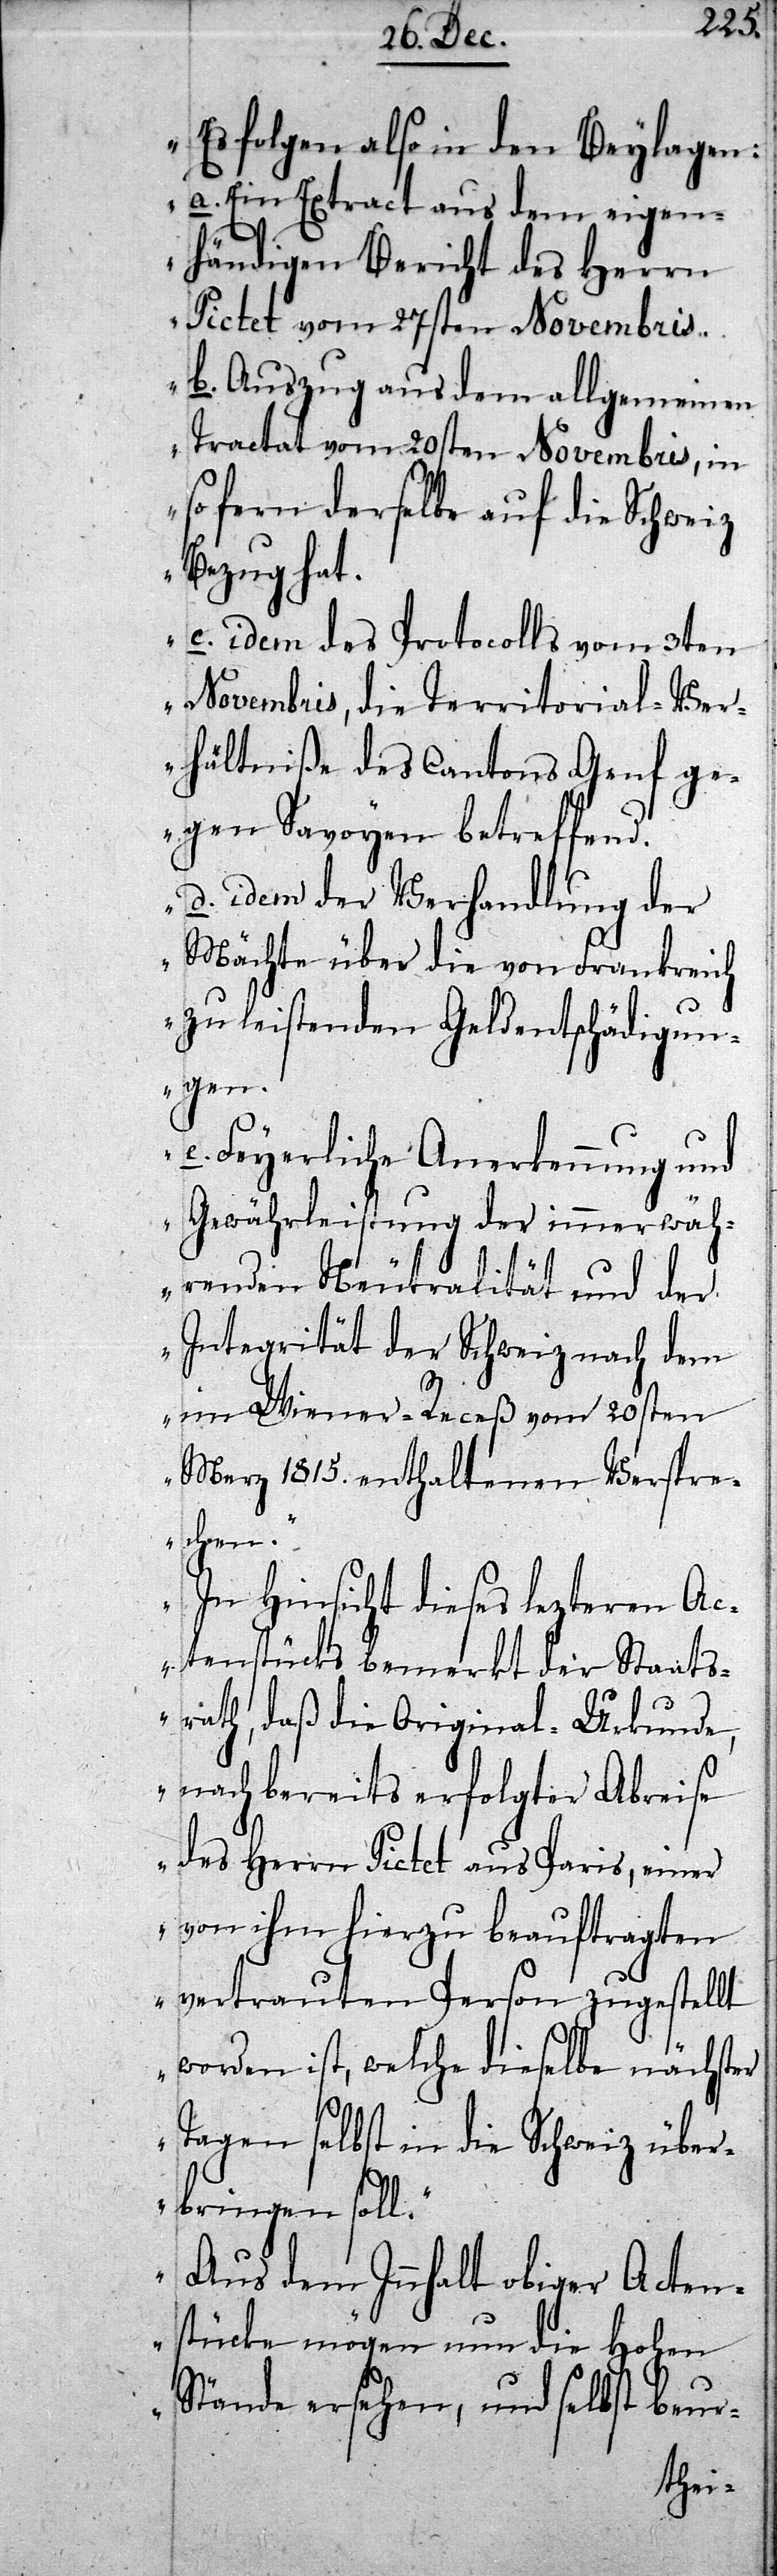
Es folgen also in den Beyla¬
a. Ein Extract aus dem eigen¬
händigen Bericht des Herrn
Pictet vom 27sten Novembris.
b. Auszug aus dem allgemeinen
Tractat vom 20sten Novembris, in
so fern derselbe auf die Schweiz
Bezug hat.
c. idem des Protocolls vom 3ten
Novembris, die Territorial-Ver¬
hältniße des Cantons Genf ge¬
gen Savoyen betreffend.
d. idem der Verhandlung der
Mächte über die von Frankreich
zu leistenden Geldentschädigun¬
gen.
e. Feyerliche Anerkennung und
Gewährleistung der immerwäh¬
renden Neutralität und der
Integrität der Schweiz nach dem
im Wiener-Receß vom 20sten
Merz 1815 enthaltenen Verspre¬
chen.
In Hinsicht dieses lezteren Ac¬
tenstücks bemerkt der Staats¬
rath, daß die Original-Urkunde,
nach bereits erfolgter Abreise
des Herrn Pictet aus Paris, einer
von ihm hierzu beauftragten
vertrauten Person zugestellt
worden ist, welche dieselbe nächster
Tagen selbst in die Schweiz über¬
bringen soll.
Aus dem Innhalt obiger Actens¬
tücke mögen nun die Hohen
Stände ersehen, und selbst beur-